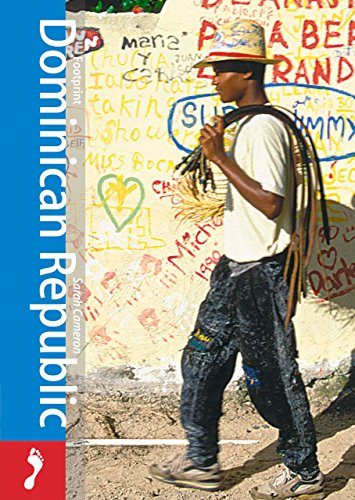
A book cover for Dominican Republic, 2nd (Footprint - Pocket Guides); Sarah Cameron; Travel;